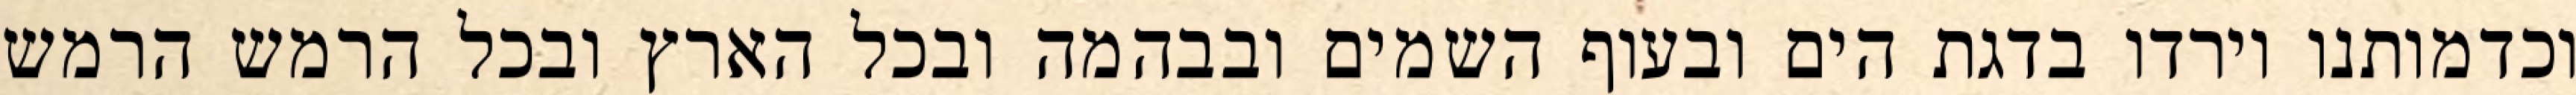
וכדמותנו וירדו בדגת הים ובעוף השמים ובבהמה ובכל הארץ ובכל הרמש הרמש